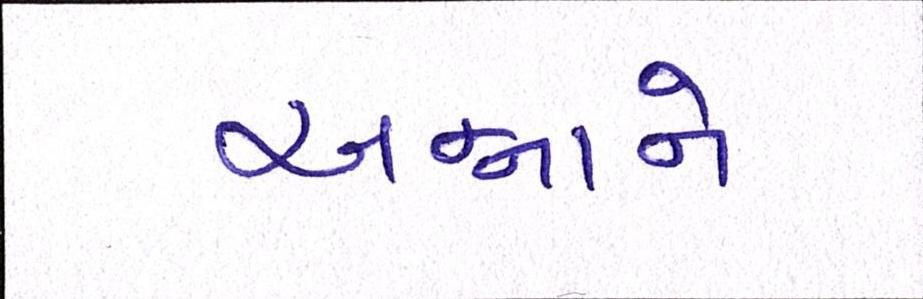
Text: અન્નાનો